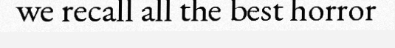
we recall all the best horror